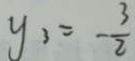
y _ { 3 } = - \frac { 3 } { 2 }